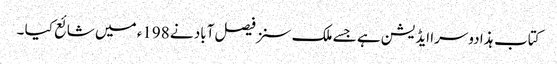
کتاب ہذا دوسرا ایڈیشن ہے جسے ملک سنز فیصل آباد نے 198ء میں شائع کیا ۔